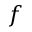
f